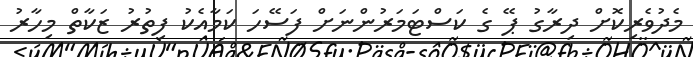
މެދުވެރިކޮށް ދިރާގު ޕޭ ގެ ކަސްޓަމަރުންނަށް ފަސޭހަ ކަމާއެކު ފިތުރު ޒަކާތް މިހާރު